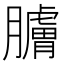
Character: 𦢚